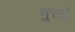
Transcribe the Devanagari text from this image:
मुसई